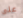
على